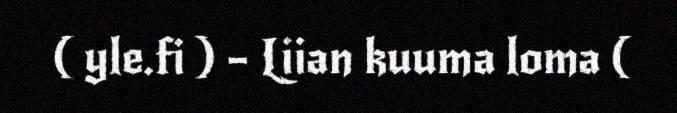
( yle.fi ) – Liian kuuma loma (